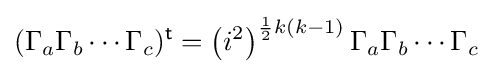
(\Gamma _{a}\Gamma _{b}\cdots \Gamma _{c})^{\textsf {t}}=\left(i^{2}\right)^{{\frac {1}{2}}k(k-1)}\Gamma _{a}\Gamma _{b}\cdots \Gamma _{c}